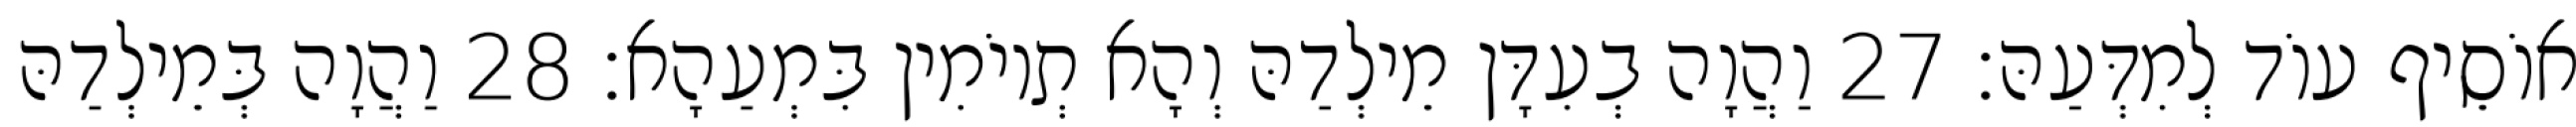
אוֹסֵיף עוֹד לְמִדְּעַהּ׃ 27 וַהֲוָה בְעִדָּן מֵילְדַהּ וְהָא תְיוֹמִין בִּמְעַהָא׃ 28 וַהֲוָה בְּמֵילְדַהּ